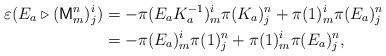
LaTeX: \begin{align*}\varepsilon(E_{a}\triangleright(\mathsf{M}_{m}^{n})_{j}^{i}) & =-\pi(E_{a}K_{a}^{-1})_{m}^{i}\pi(K_{a})_{j}^{n}+\pi(1)_{m}^{i}\pi(E_{a})_{j}^{n}\\ & =-\pi(E_{a})_{m}^{i}\pi(1)_{j}^{n}+\pi(1)_{m}^{i}\pi(E_{a})_{j}^{n},\end{align*}